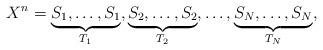
LaTeX: \begin{align*}X^n=\underbrace{S_1,\ldots,S_{1}}_{T_1}, \underbrace{S_2,\ldots,S_{2}}_{T_2}, \ldots, \underbrace{S_N,\ldots,S_{N}}_{T_N},\end{align*}